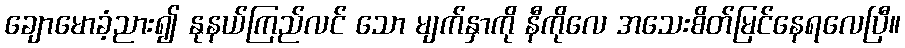
ချောမောခံ့ညား၍ နုနယ်ကြည်လင် သော မျက်နှာကို နီကိုလေ အသေးစိတ်မြင်နေရလေပြီ။